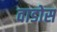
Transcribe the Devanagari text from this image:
वाडोस